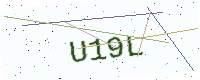
Text: U19L